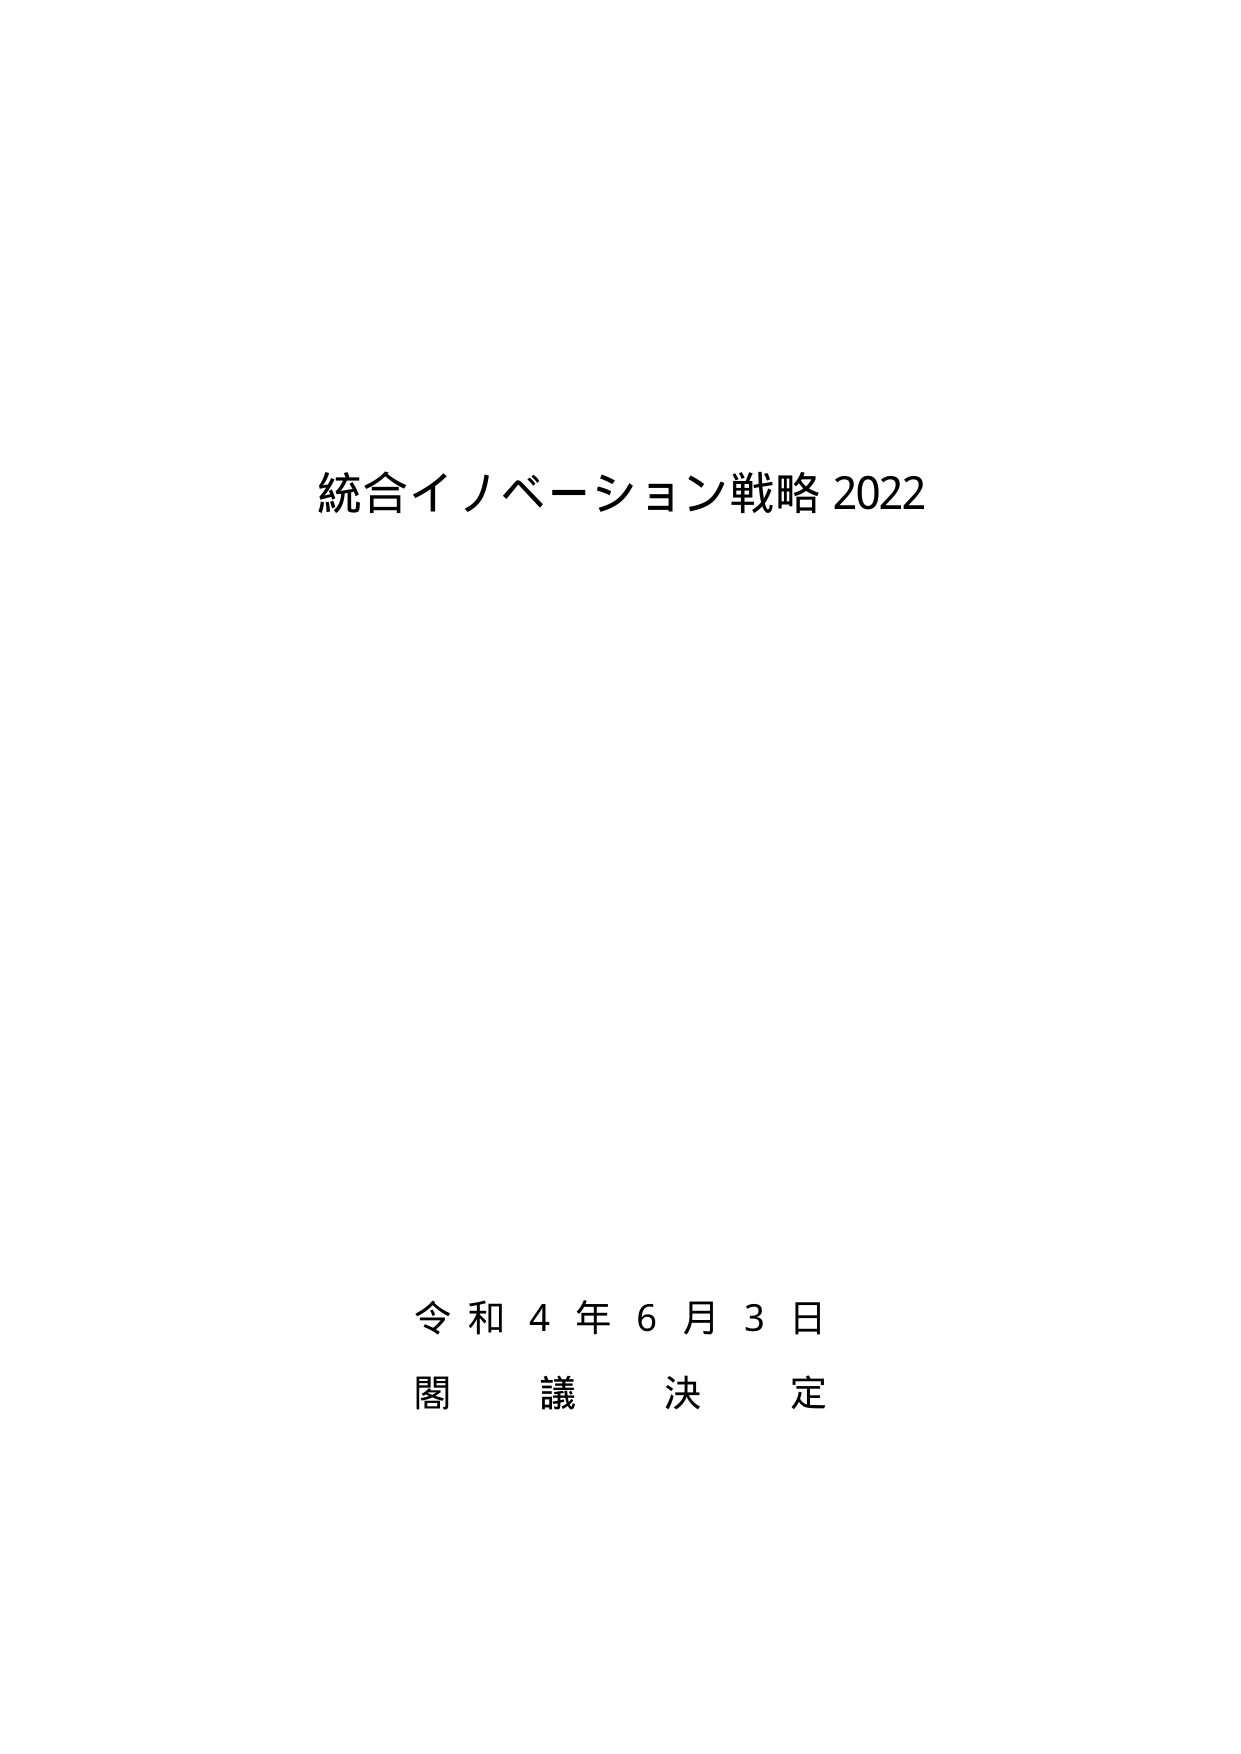
統合イノベーション戦略 2022

令和４年６月３日
閣議決定